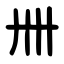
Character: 卌